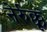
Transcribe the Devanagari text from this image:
नेर्रुक्कू